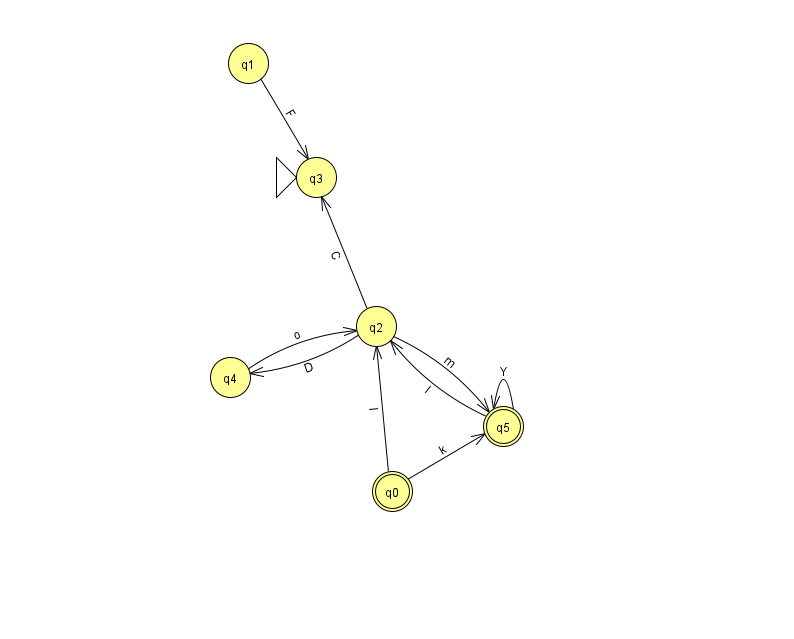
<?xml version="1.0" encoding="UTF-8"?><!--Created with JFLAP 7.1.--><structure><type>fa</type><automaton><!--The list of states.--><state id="0" name="q0"><x>392.0</x><y>478.0</y><final/></state><state id="1" name="q1"><x>248.0</x><y>50.0</y></state><state id="2" name="q2"><x>376.0</x><y>313.0</y></state><state id="3" name="q3"><x>316.0</x><y>164.0</y><initial/></state><state id="4" name="q4"><x>230.0</x><y>364.0</y></state><state id="5" name="q5"><x>503.0</x><y>413.0</y><final/></state><!--The list of transitions.--><transition><from>0</from><to>2</to><read>I</read></transition><transition><from>2</from><to>3</to><read>C</read></transition><transition><from>0</from><to>5</to><read>k</read></transition><transition><from>2</from><to>4</to><read>D</read></transition><transition><from>2</from><to>5</to><read>m</read></transition><transition><from>5</from><to>5</to><read>Y</read></transition><transition><from>1</from><to>3</to><read>F</read></transition><transition><from>4</from><to>2</to><read>o</read></transition><transition><from>5</from><to>2</to><read>I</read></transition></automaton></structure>